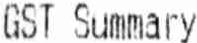
GST SUMMARY